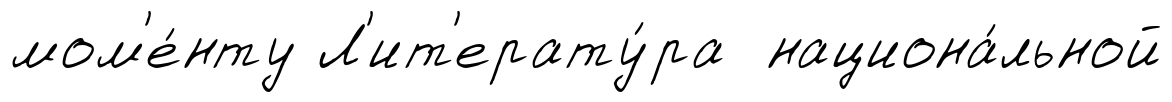
мом'е́нту Л'ит'ерату́ра национа́льной